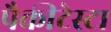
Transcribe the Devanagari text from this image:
पैकीटेस्टा